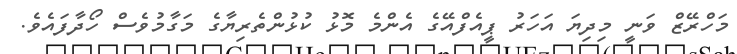
މަހްރޭޒް ވަނީ މިދިޔަ އަހަރު ޕީއެފްއޭގެ އެންމެ މޮޅު ކުޅުންތެރިޔާގެ މަގާމުވެސް ހޯދާފައެވެ.